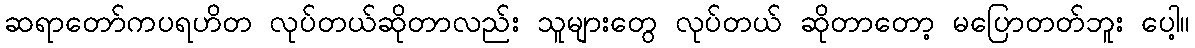
ဆရာတော်ကပရဟိတ လုပ်တယ်ဆိုတာလည်း သူများတွေ လုပ်တယ် ဆိုတာတော့ မပြောတတ်ဘူး ပေါ့။